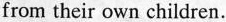
from their own children.